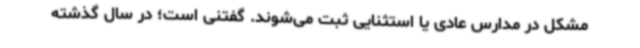
مشکل در مدارس عادی یا استثنایی ثبت می‌شوند. گفتنی است؛ در سال گذشته